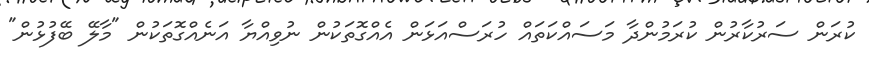
ކުރަން ސަރުކާރުން ކުރަމުންދާ މަސައްކަތައް ހުރަސްއަޅަން އެއްގޮތަކުން ނުވިއްޔާ އަނެއްގޮތަކުން "މާލޭ ބޭފުޅުން"